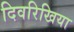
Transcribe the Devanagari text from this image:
दिवरिखिया